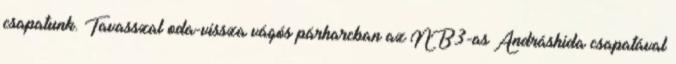
csapatunk. Tavasszal oda-vissza vágós párharcban az NB3-as Andráshida csapatával